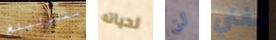
ستيرلينغ لحياته لن مغني